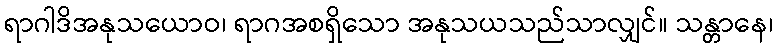
ရာဂါဒိအနုသယောဝ၊ ရာဂအစရှိသော အနုသယသည်သာလျှင်။ သန္တာနေ၊